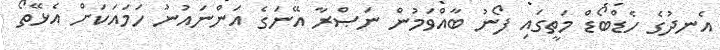
އެނދުގެ ހެޑްބޯޑް މަތީގައި ފޯނު ބާއްވަމުން ނަޞްރާ އޭނަގެ އަންނައުނު ހަމައަކަށް އެޅޭތޯ